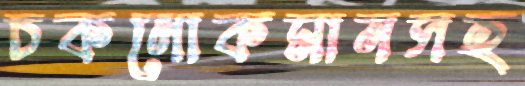
চকলোকমানসহ